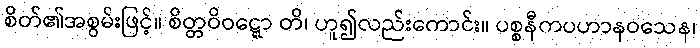
စိတ်၏အစွမ်းဖြင့်။ စိတ္တဝိဝဋ္ဋော တိ၊ ဟူ၍လည်းကောင်း။ ပစ္စနီကပဟာနဝသေန၊